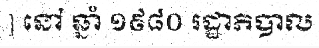
] នៅ ឆ្នាំ ១៩៨០ រដ្ឋាភិបាល